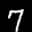
Label: 7